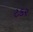
ટકર